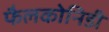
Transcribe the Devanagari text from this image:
फैलकोनिडी